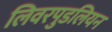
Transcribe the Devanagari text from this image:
लिवरपुडलियन